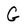
Character: G